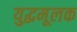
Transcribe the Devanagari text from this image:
युद्धमूलक